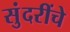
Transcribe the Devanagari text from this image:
सुंदरींचे